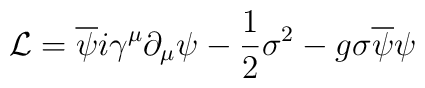
{\cal L} = \overline{\psi} i \gamma^{\mu} \partial_{\mu} \psi - \frac{1}{2}{\sigma}^2 - g\sigma\overline{\psi}\psi